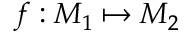
f : M _ { 1 } \mapsto M _ { 2 }